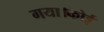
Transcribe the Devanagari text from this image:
गया।कोई